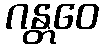
ဂန္တဝေ